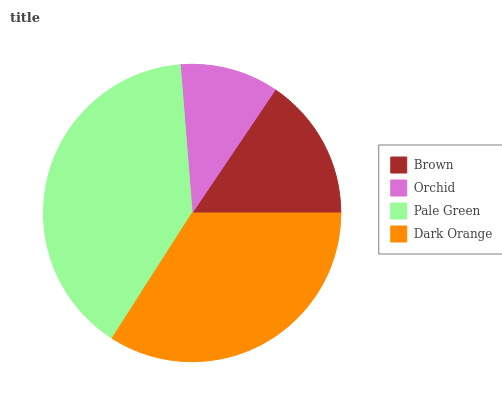
| Brown | Orchid | Pale Green | Dark Orange |
 | --- | --- | --- | --- |
 | 15.6% | 10.7% | 39.6% | 34.1% |